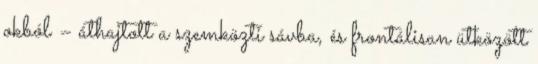
okból – áthajtott a szemközti sávba, és frontálisan ütközött